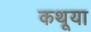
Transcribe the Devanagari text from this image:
कथूया